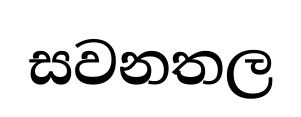
සවනතල